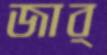
জার্